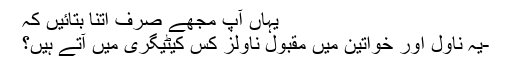
یہاں آپ مجھے صرف اتنا بتائیں کہ
-یہ ناول اور خواتین میں مقبول ناولز کس کیٹیگری میں آتے ہیں؟